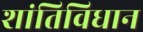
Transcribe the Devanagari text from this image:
शांतिविधान